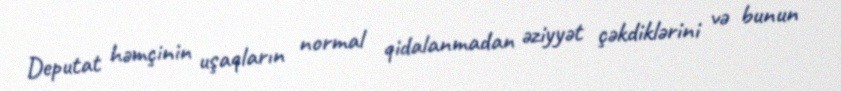
Deputat həmçinin uşaqların normal qidalanmadan əziyyət çəkdiklərini və bunun